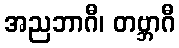
အညဘာဂီ၊ တဗ္ဘာဂီ